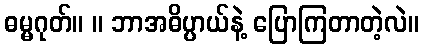
ဓမ္မဂုတ်။ ။ ဘာအဓိပ္ပာယ်နဲ့ ပြောကြတာတဲ့လဲ။